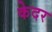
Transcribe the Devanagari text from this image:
केदर